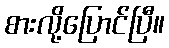
စားလို့ပြောင်ပြီ။